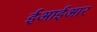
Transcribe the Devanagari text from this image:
ईआईआर